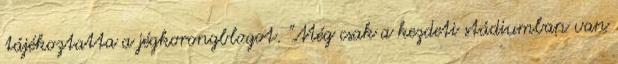
tájékoztatta a jégkorongblogot. "Még csak a kezdeti stádiumban van